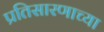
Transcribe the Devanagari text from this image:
प्रतिसारणाच्या